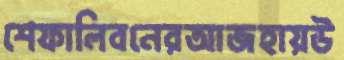
শেফালিবনেরআজহায়উ